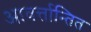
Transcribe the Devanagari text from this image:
आवर्त्तान्तित